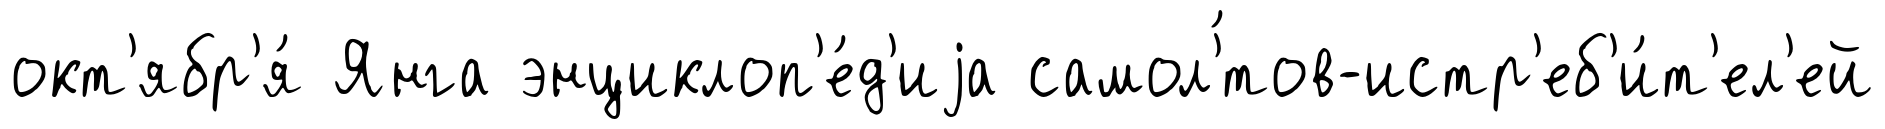
окт'ябр'я́ Янга энциклоп'е́д'иjа самол'́тов-истр'еб'и́т'ел'ей